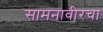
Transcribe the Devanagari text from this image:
सामनावीरचा